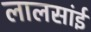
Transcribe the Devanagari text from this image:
लालसांई